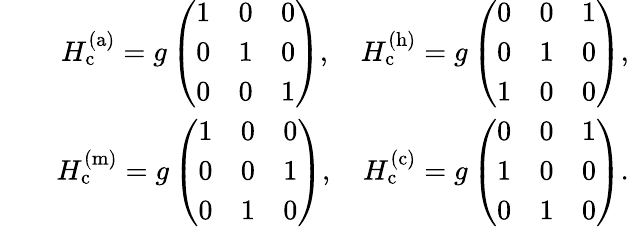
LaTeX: \begin{array}{rlr}&{}&{H_{\mathrm{c}}^{\mathrm{(a)}}=g\left(\begin{array}{ccc}{1}&{0}&{0}\\ {0}&{1}&{0}\\ {0}&{0}&{1}\end{array}\right),\quad H_{\mathrm{c}}^{\mathrm{(h)}}=g\left(\begin{array}{ccc}{0}&{0}&{1}\\ {0}&{1}&{0}\\ {1}&{0}&{0}\end{array}\right),}\\ &{}&{H_{\mathrm{c}}^{\mathrm{(m)}}=g\left(\begin{array}{ccc}{1}&{0}&{0}\\ {0}&{0}&{1}\\ {0}&{1}&{0}\end{array}\right),\quad H_{\mathrm{c}}^{\mathrm{(c)}}=g\left(\begin{array}{ccc}{0}&{0}&{1}\\ {1}&{0}&{0}\\ {0}&{1}&{0}\end{array}\right).}\end{array}